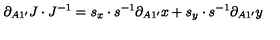
\partial _ { A 1 ^ { \prime } } J \cdot J ^ { - 1 } = s _ { x } \cdot s ^ { - 1 } \partial _ { A 1 ^ { \prime } } x + s _ { y } \cdot s ^ { - 1 } \partial _ { A 1 ^ { \prime } } y